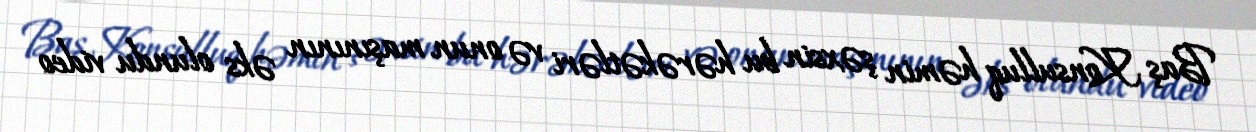
Baş Konsulluq həmin şəxsin bu hərəkətləri və onun maşınının əks olundu video